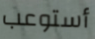
أستوعب